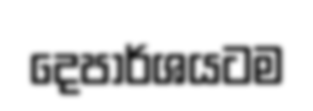
දෙපාර්ශයටම